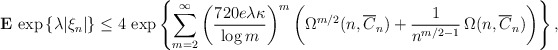
\begin{align*}{\bf E}\,\exp \left\{ \lambda |\xi _{n}|\right\} \le 4\,\exp \left\{\sum_{m=2}^{\infty }\left( \frac{720e\lambda \kappa }{\log m}\right)^{m}\left( \Omega ^{m/2}(n,\overline{C}_{n})+\frac{1}{n^{m/2-1}}\,\Omega (n,\overline{C}_{n})\right) \right\} , \end{align*}